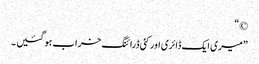
©“
”میری ایک ڈائری اورکئی ڈرائنگ خراب ہو گئیں ۔